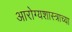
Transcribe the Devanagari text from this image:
आरोग्यशास्त्राच्या